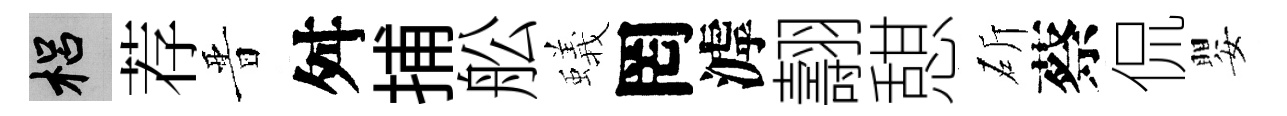
梠荐晋舛捕舩蟻罔滹翿憇斫蔡侃嬰